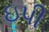
ઇપી